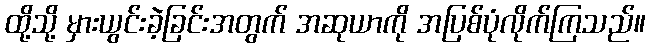
ထို့သို့ မှားယွင်းခဲ့ခြင်းအတွက် အဆုယာကို အပြစ်ပုံလိုက်ကြသည်။